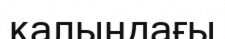
қалыңдағы